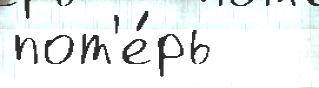
пот'е́рь